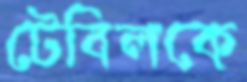
টেবিলকে